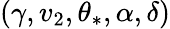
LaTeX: (\gamma,v_{2},\theta_{\ast},\alpha,\delta)